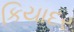
કિયાદર